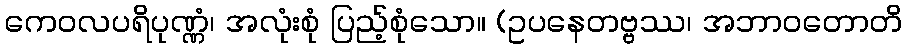
ကေဝလပရိပုဏ္ဏံ၊ အလုံးစုံ ပြည့်စုံသော။ (ဥပနေတဗ္ဗဿ၊ အဘာဝတောတိ